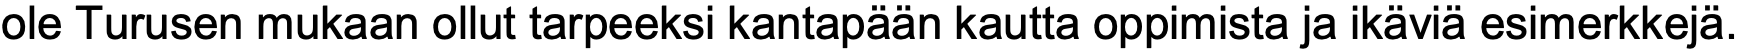
ole Turusen mukaan ollut tarpeeksi kantapään kautta oppimista ja ikäviä esimerkkejä.